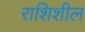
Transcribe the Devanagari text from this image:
राशिशील